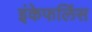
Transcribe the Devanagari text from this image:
इंकेफलिंस